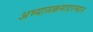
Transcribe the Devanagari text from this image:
अभ्यासक्रमादरम्यान